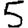
Digit: 5